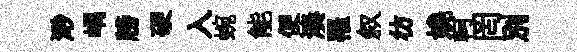
𣺌嵎牓硬入蜿能便湊罹叙彷嬈軻罔别